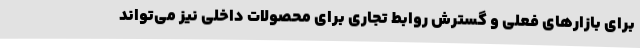
برای بازارهای فعلی و گسترش روابط تجاری برای محصولات داخلی نیز می‌تواند